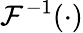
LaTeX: \mathcal{F}^{-1}(\cdot)